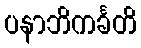
ပနာဘိကင်္ခတိ